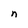
Character: n